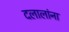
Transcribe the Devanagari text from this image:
दलालांना